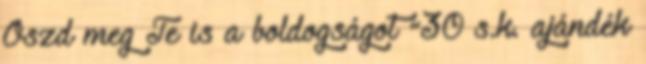
Oszd meg Te is a boldogságot “30 s.k. ajándék